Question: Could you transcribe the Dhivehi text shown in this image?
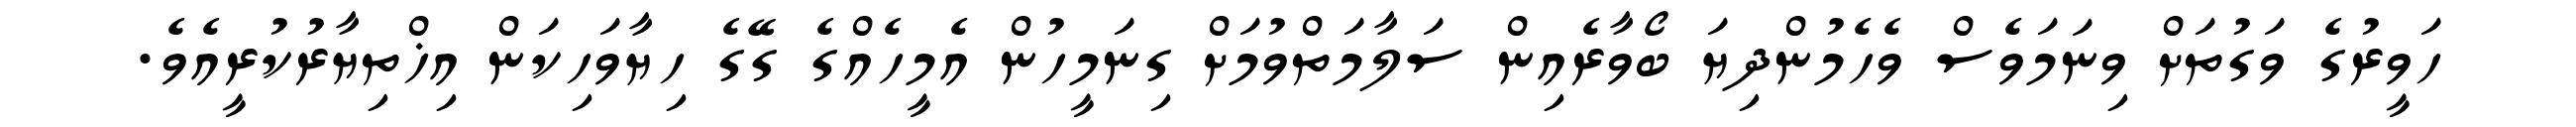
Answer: ހަވީރުގެ ވަގުތަށް ވިނަމަވެސް ވެހެމުންދިޔަ ބޯވާރެއިން ސަލާމަތްވުމަށް ގިނަމީހުން އެމީހެއްގެ ގޭގެ ހިޔާވަހިކަން އިޚްތިޔާރުކުރީއެވެ.